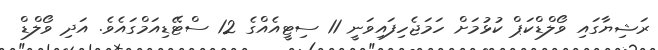
ރަޝިޔާގައި ވޯލްޑްކަޕް ކުޅުމަށް ހަމަޖެހިފައިވަނީ 11 ސިޓީއެއްގެ 12 ސްޓޭޑިއަމްގައެވެ. އަދި ވޯލްޑް